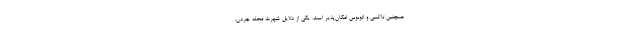
همچنین تاکسی و اتوبوس امکان‌پذیر است. یکی از دلایل شهرت محله جردن،